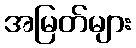
အမြတ်များ